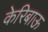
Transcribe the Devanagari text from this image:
केरिबाऊ